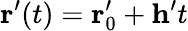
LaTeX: \mathbf{r}^{\prime}(t)=\mathbf{r}_{0}^{\prime}+\mathbf{h}^{\prime}t